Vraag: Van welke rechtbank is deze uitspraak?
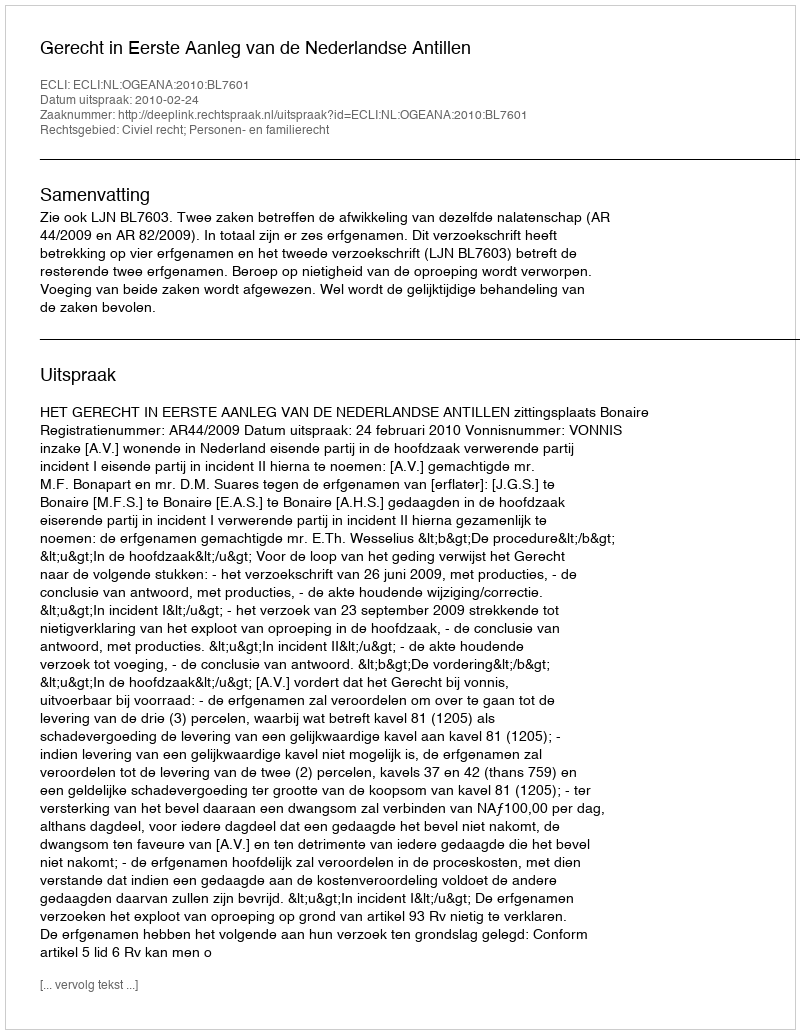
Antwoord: Gerecht in Eerste Aanleg van de Nederlandse Antillen